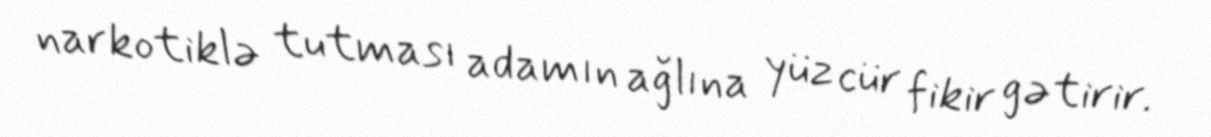
narkotiklə tutması adamın ağlına yüz cür fikir gətirir.